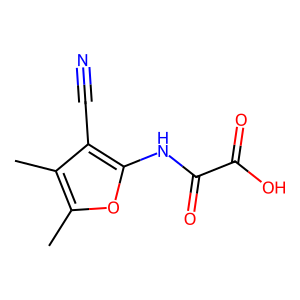
SMILES: Cc1oc(NC(=O)C(=O)O)c(C#N)c1C
Inhibits HIV replication: No